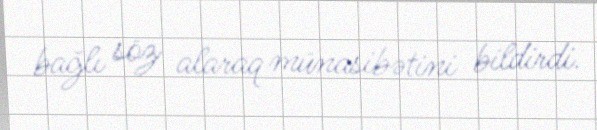
bağlı söz alaraq münasibətini bildirdi.